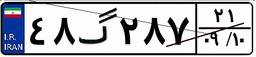
۴۸گ۲۸۷۲۱